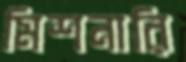
মিশনারি